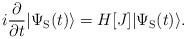
\begin{align*}i\frac{\partial}{\partial t}|\Psi_{\rm S}(t)\rangle = H[J]|\Psi_{\rm S}(t)\rangle. \end{align*}